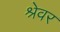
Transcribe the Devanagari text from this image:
श्रेवर